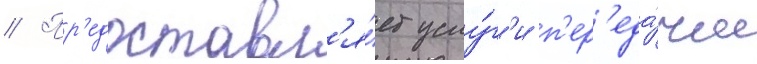
// Пр'едоставл'я́ет услу́г'и п'ер'еда́чи